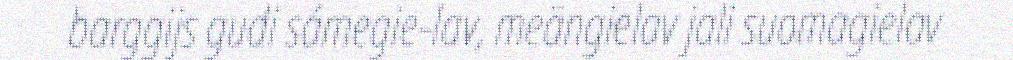
barggijs gudi sámegie-lav, meängielav jali suomagielav